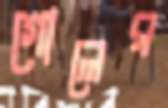
গোলের